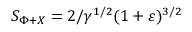
S _ { \Phi + X } = 2 / \gamma ^ { 1 / 2 } ( 1 + \varepsilon ) ^ { 3 / 2 }